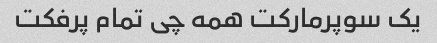
یک سوپرمارکت همه چی تمام پرفکت